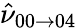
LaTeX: \hat{\nu}_{00\rightarrow 04}